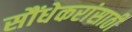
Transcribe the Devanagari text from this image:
सौंधेकरांसाठी